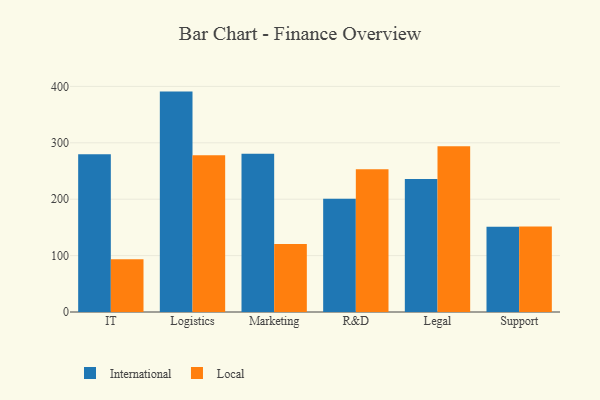
{"axis": {"x": "Department", "y": "Conversion Rate (%)"}, "legend": ["International", "Local"], "data": [{"x": "IT", "y": 279.7, "type": "International"}, {"x": "IT", "y": 93.6, "type": "Local"}, {"x": "Logistics", "y": 390.8, "type": "International"}, {"x": "Logistics", "y": 277.8, "type": "Local"}, {"x": "Marketing", "y": 280.4, "type": "International"}, {"x": "Marketing", "y": 120.6, "type": "Local"}, {"x": "R&D", "y": 200.9, "type": "International"}, {"x": "R&D", "y": 253.0, "type": "Local"}, {"x": "Legal", "y": 235.9, "type": "International"}, {"x": "Legal", "y": 293.7, "type": "Local"}, {"x": "Support", "y": 151.2, "type": "International"}, {"x": "Support", "y": 151.5, "type": "Local"}]}